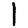
Digit: 1